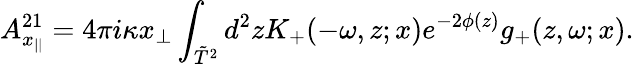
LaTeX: A_{x_{||}}^{21}=4\pi i\kappa x_{\perp}\int_{\tilde{T}^{2}}d^{2}zK_{+}(-\omega,z;x)e^{-2\phi(z)}g_{+}(z,\omega;x).